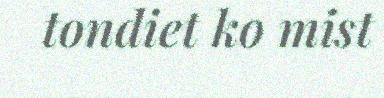
tondiet ko mist